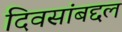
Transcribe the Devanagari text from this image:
दिवसांबद्दल